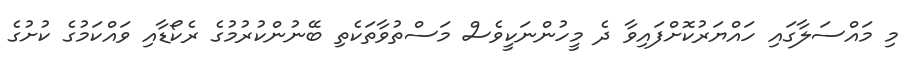
މި މައްސަލާގައި ހައްޔަރުކޮށްފައިވާ ދެ މީހުންނަކީވެސް މަސްތުވާތަކެތި ބޭނުންކުރުމުގެ ރެކޯޑާއި ވައްކަމުގެ ކުށުގެ